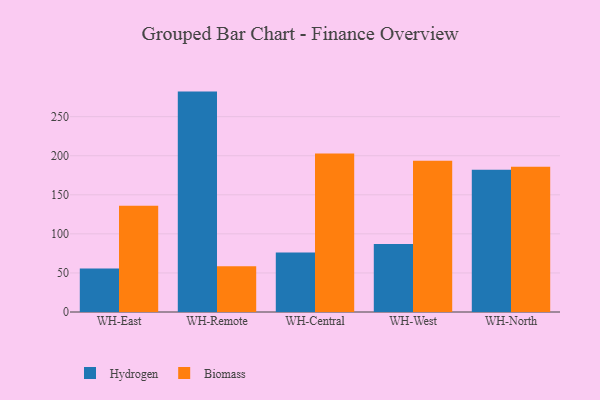
{"axis": {"x": "Warehouse", "y": "Inventory Turnover"}, "legend": ["Biomass", "Hydrogen"], "data": [{"x": "WH-East", "y": 55.8, "type": "Hydrogen"}, {"x": "WH-East", "y": 136.1, "type": "Biomass"}, {"x": "WH-Remote", "y": 282.1, "type": "Hydrogen"}, {"x": "WH-Remote", "y": 58.4, "type": "Biomass"}, {"x": "WH-Central", "y": 76.2, "type": "Hydrogen"}, {"x": "WH-Central", "y": 202.8, "type": "Biomass"}, {"x": "WH-West", "y": 86.9, "type": "Hydrogen"}, {"x": "WH-West", "y": 193.6, "type": "Biomass"}, {"x": "WH-North", "y": 182.2, "type": "Hydrogen"}, {"x": "WH-North", "y": 185.9, "type": "Biomass"}]}